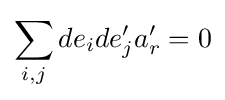
\sum _{i,j}de_{i}de_{j}'a'_{r}=0